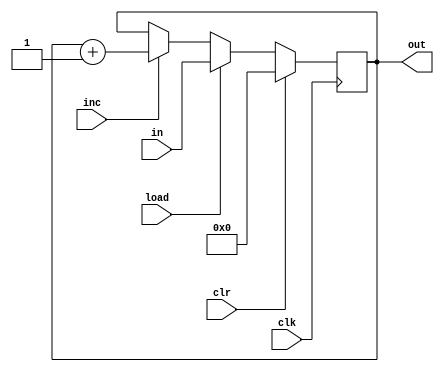
module MY_REGD (clk,inc,load,clr,in,out);
    
    input clk;
    input inc;
    input load;
    input clr;
    input[7:0] in;

    output reg[7:0] out;

    always @(posedge clk) begin 
        if (clr) out <= 8'b0;
        else if (load) out <= in;
        else if (inc) out <= out +1;
    end


endmodule